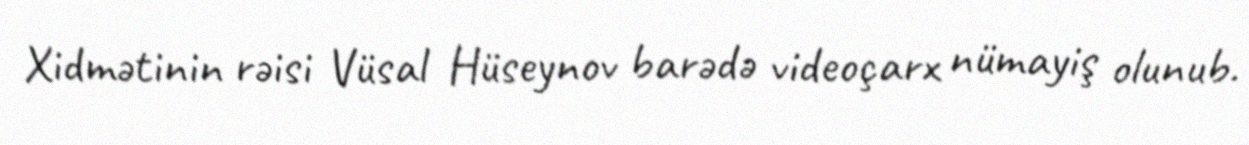
Xidmətinin rəisi Vüsal Hüseynov barədə videoçarx nümayiş olunub.